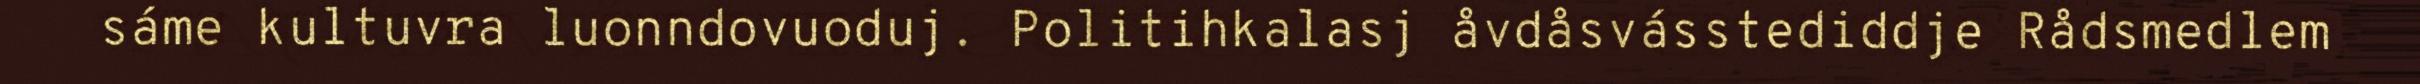
sáme kultuvra luonndovuoduj. Politihkalasj åvdåsvásstediddje Rådsmedlem